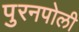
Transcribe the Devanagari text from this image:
पुरनपोली